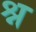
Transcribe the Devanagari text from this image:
श्न